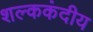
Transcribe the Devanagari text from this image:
शल्ककंदीय